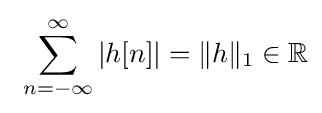
\ \sum _{n=-\infty }^{\infty }|h[n]|=\|h\|_{1}\in \mathbb {R}